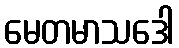
မေတမာသဒေါ